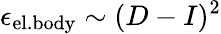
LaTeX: \epsilon_{\mathrm{el.body}}\sim(D-I)^{2}